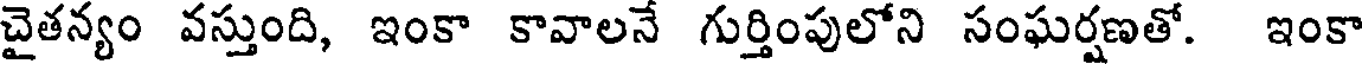
చైతన్యం వస్తుంది, ఇంకా కావాలనే గుర్తింపులోని సంఘర్షణతో. ఇంకా